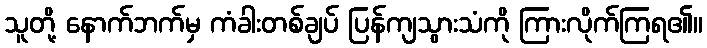
သူတို့ နောက်ဘက်မှ ကံခါးတစ်ချပ် ပြန်ကျသွားသံကို ကြားလိုက်ကြရ၏။